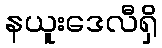
နယူးဒေလီရှိ